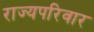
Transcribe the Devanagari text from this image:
राज्यपरिवार